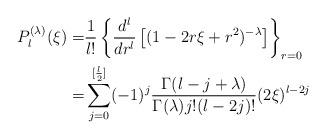
LaTeX: \begin{align*}P_l^{(\lambda)}(\xi)=&\frac{1}{l!}\left\{\frac{d^{l}}{dr^{l}}\left[(1-2r\xi+r^{2})^{-\lambda}\right]\right\}_{r=0}\\=&\sum_{j=0}^{[\frac{l}{2}]}(-1)^j\frac{\Gamma(l-j+\lambda)}{\Gamma(\lambda)j!(l-2j)!}(2\xi)^{l-2j}\end{align*}